Scottish Leaving Certificate Examination, 1959
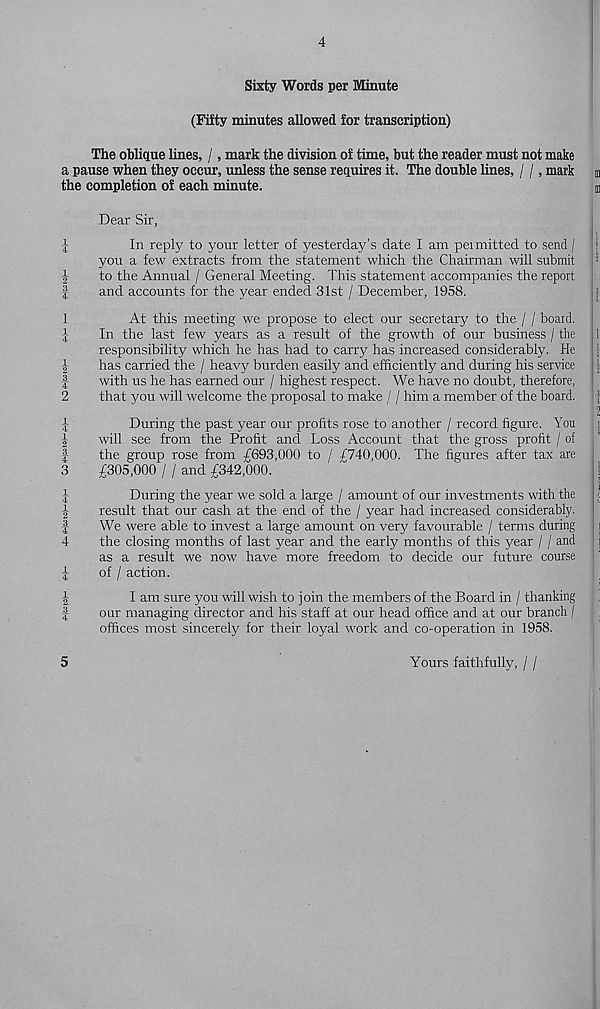
tO 4^!OitO;h-‘
)—‘ tHW^
4
Sixty Words per Minute
(Fifty minutes allowed for transcription)
The oblique lines, /, mark the division of time, but the reader must not make
a pause when they occur, unless the sense requires it. The double lines, / /, mark
the completion of each minute.
Dear Sir,
In reply to your letter of yesterday’s date I am permitted to send /
you a few extracts from the statement which the Chairman will submit
to the Annual / General Meeting. This statement accompanies the report
and accounts for the year ended 31st / December, 1958.
At this meeting we propose to elect our secretary to the / / board.
In the last few years as a result of the growth of our business / the
responsibility which he has had to carry has increased considerably. He
has carried the / heavy burden easily and efficiently and during his service
with us he has earned our / highest respect. We have no doubt, therefore,
that you will welcome the proposal to make / / him a member of the board.
During the past year our profits rose to another / record figure. You
will see from the Profit and Loss Account that the gross profit / of
the group rose from £693,000 to / £740,000. The figures after tax are
£305,000 / / and £342,000.
During the year we sold a large / amount of our investments with the
result that our cash at the end of the / year had increased considerably.
We were able to invest a large amount on very favourable / terms during
the closing months of last year and the early months of this year / / and
as a result we now have more freedom to decide our future course
of / action.
I am sure you will wish to join the members of the Board in / thanking
our managing director and his staff at our head office and at our branch /
offices most sincerely for their loyal work and co-operation in 1958.
5
Yours faithfully, / /